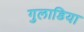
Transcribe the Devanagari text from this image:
गुलाडिया